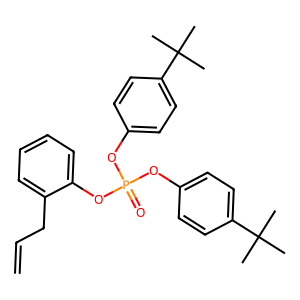
SMILES: C=CCc1ccccc1OP(=O)(Oc1ccc(C(C)(C)C)cc1)Oc1ccc(C(C)(C)C)cc1
Inhibits HIV replication: No